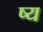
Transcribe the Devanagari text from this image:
ष्य